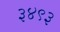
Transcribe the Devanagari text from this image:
३४९३